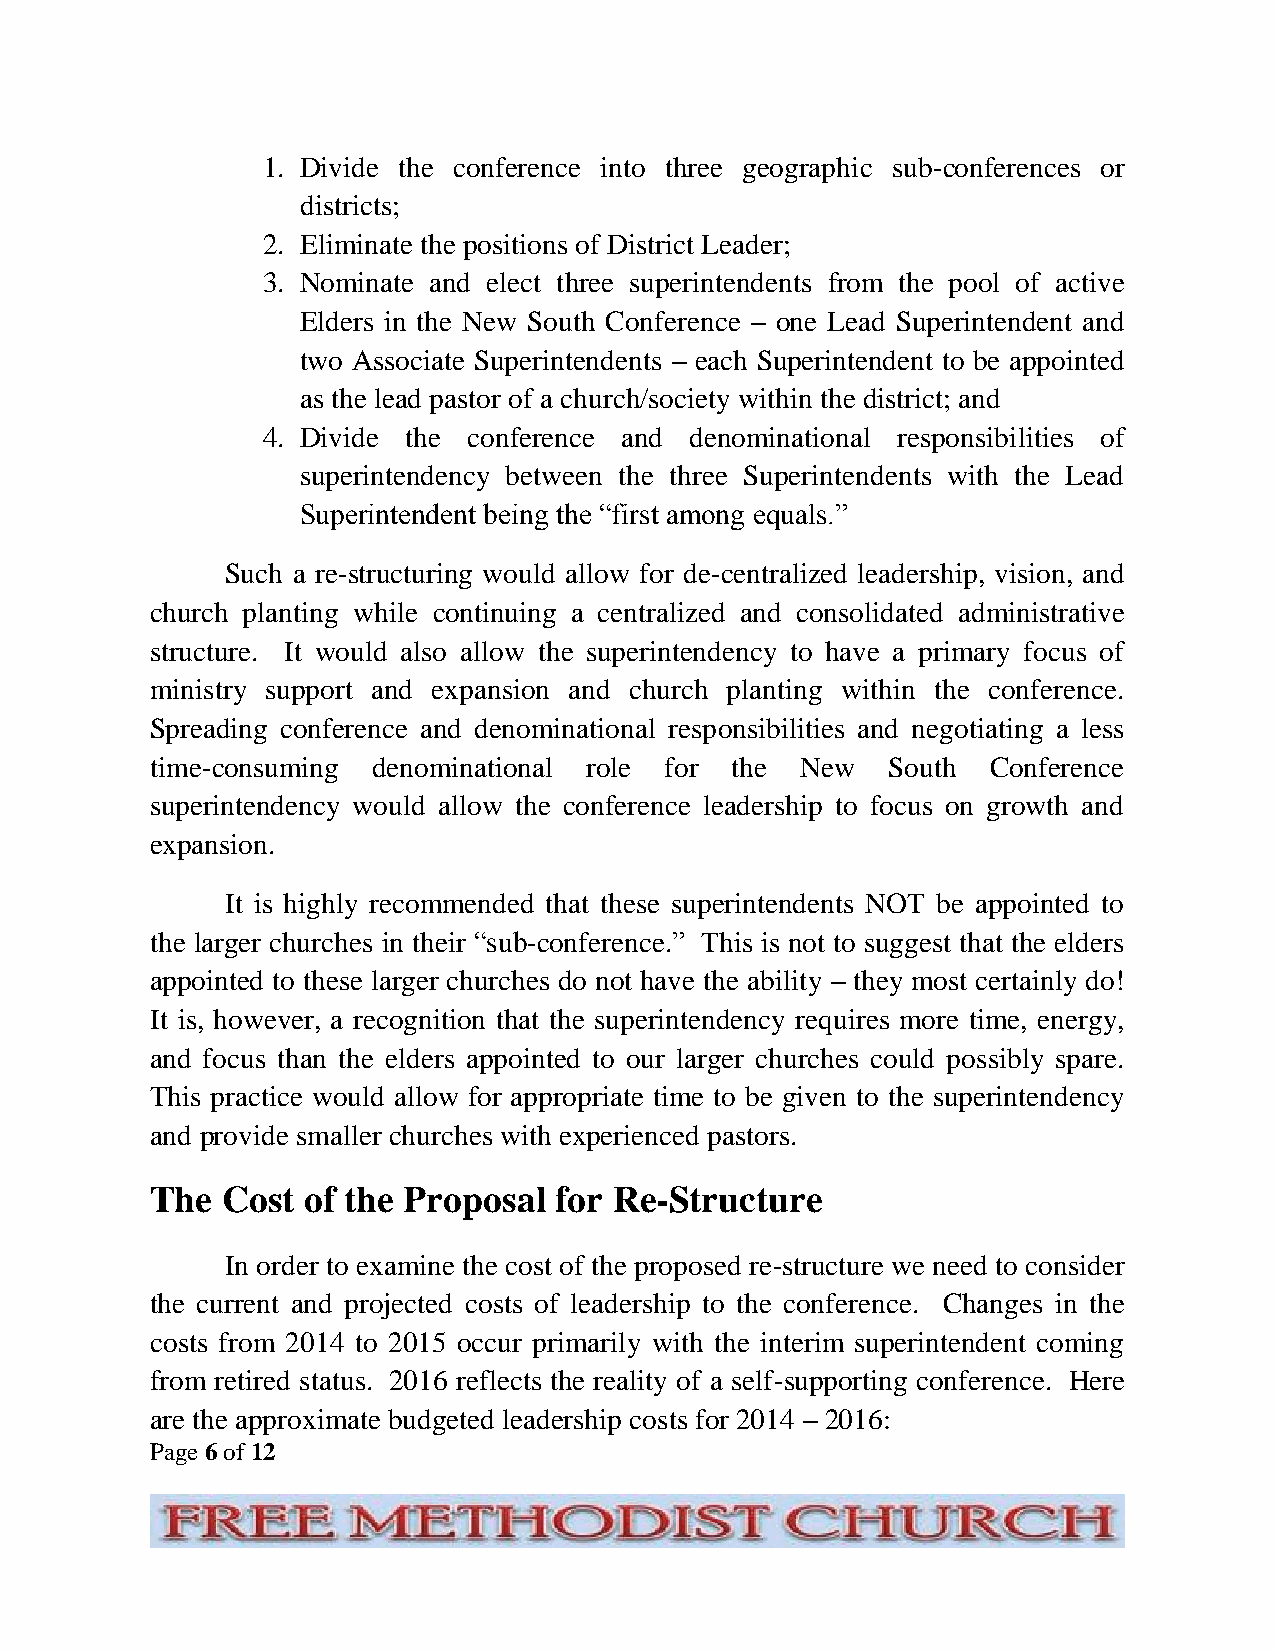
1. Divide the conference into three geographic sub-conferences or
 districts;
 2. Eliminate the positions of District Leader;
 3. Nominate and elect three superintendents from the pool of active
 Elders in the New South Conference – one Lead Superintendent and
 two Associate Superintendents – each Superintendent to be appointed
 as the lead pastor of a church/society within the district; and
 4. Divide the conference and denominational responsibilities of
 superintendency between the three Superintendents with the Lead
 Superintendent being the “first among equals.”
 Such a re-structuring would allow for de-centralized leadership, vision, and
 church planting while continuing a centralized and consolidated administrative
 structure. It would also allow the superintendency to have a primary focus of
 ministry support and expansion and church planting within the conference.
 Spreading conference and denominational responsibilities and negotiating a less
 time-consuming denominational role for the New   South  Conference
 superintendency would allow the conference leadership to focus on growth and
 expansion.
 It is highly recommended that these superintendents NOT be appointed to
 the larger churches in their “sub-conference.” This is not to suggest that the elders
 appointed to these larger churches do not have the ability – they most certainly do!
 It is, however, a recognition that the superintendency requires more time, energy,
 and focus than the elders appointed to our larger churches could possibly spare.
 This practice would allow for appropriate time to be given to the superintendency
 and provide smaller churches with experienced pastors.
 The  Cost of the Proposal  for Re-Structure
 In order to examine the cost of the proposed re-structure we need to consider
 the current and projected costs of leadership to the conference. Changes in the
 costs from 2014 to 2015 occur primarily with the interim superintendent coming
 from retired status. 2016 reflects the reality of a self-supporting conference. Here
 are the approximate budgeted leadership costs for 2014 – 2016:
 Page 6 of 12